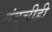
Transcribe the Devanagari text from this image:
तंबूचीही